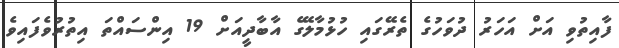
ފާއިތުވި އަށް އަހަރު ދުވަހުގެ ތެރޭގައި ހުޅުމާލޭގެ އާބާދީއަށް 19 އިންސައްތަ އިތުރުވެފައިވެ